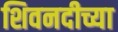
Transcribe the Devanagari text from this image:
शिवनदीच्या